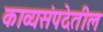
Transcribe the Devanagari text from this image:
काव्यसंपदेतील